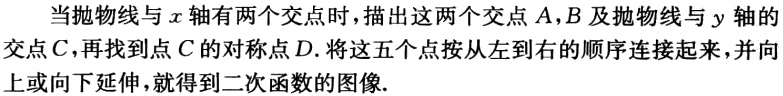
当抛物线与\(x\)轴有两个交点时，描出这两个交点\(A,B\)，及抛物线与\(y\)轴的交点\(C\)，再找到点\(C\)的对称点\(D\). 将这五个点按从左到右的顺序连接起来，并向上或向下延伸，就得到二次函数的图像.